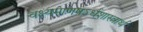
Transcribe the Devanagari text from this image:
वक्ष्यमाणषऽर्धशास्त्रार्थ